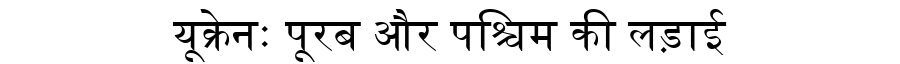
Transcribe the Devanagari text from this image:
यूक्रेनः पूरब और पश्चिम की लड़ाई